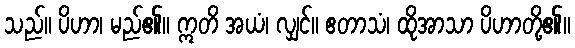
သည်။ ပိဟာ၊ မည်၏။ ဣတိ အယံ၊ လျှင်။ ဧတာသံ၊ ထိုအာသာ ပိဟာတို့၏။